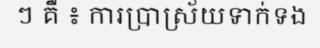
ៗ គឺ ៖ ការប្រាស្រ័យទាក់ទង